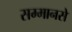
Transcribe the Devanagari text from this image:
सम्मानसे